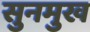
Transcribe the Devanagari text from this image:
सुनमुख